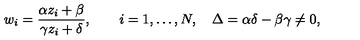
w _ { i } = { \frac { \alpha z _ { i } + \beta } { \gamma z _ { i } + \delta } } , \qquad i = 1 , \dots , N , \quad \Delta = \alpha \delta - \beta \gamma \ne 0 ,